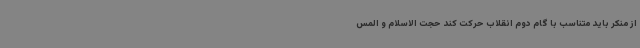
از منکر باید متناسب با گام دوم انقلاب حرکت کند حجت الاسلام و المس